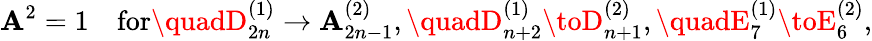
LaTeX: \mathbf{A}^{2}=1\quad\mathrm{{for}}\quadD_{2n}^{(1)}\to\mathbf{A}_{2n-1}^{(2)},\quadD_{n+2}^{(1)}\toD_{n+1}^{(2)},\quadE_{7}^{(1)}\toE_{6}^{(2)},